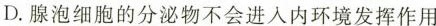
D.腺泡细胞的分泌物不会进入内环境发挥作用